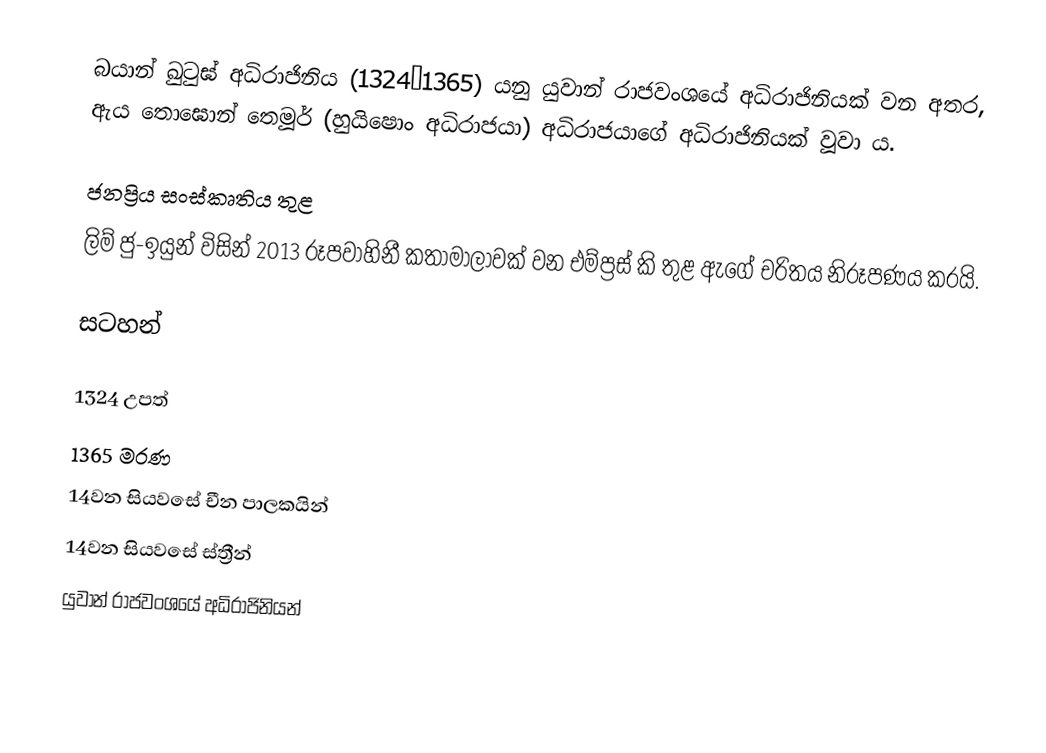
බයාන් ඛුටුඝ් අධිරාජිනිය (1324–1365) යනු යුවාන් රාජවංශයේ අධිරාජිනියක් වන අතර, ඇය තොඝොන් තෙමූර් (හුයිෂොං අධිරාජයා) අධිරාජයාගේ අධිරාජිනියක් වූවා ය.

ජනප්‍රිය සංස්කෘතිය තුළ
ලිම් ජු-ඉයුන් විසින් 2013 රූපවාහිනී කතාමාලාවක් වන එම්ප්‍රස් කි තුළ ඇගේ චරිතය නිරූපණය කරයි.

සටහන්

1324 උපත්
1365 මරණ
14වන සියවසේ චීන පාලකයින්
14වන සියවසේ ස්ත්‍රීන්
යුවාන් රාජවංශයේ අධිරාජිනියන්